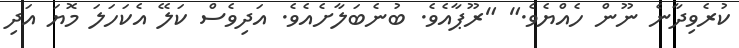
ކުރެވިދާނެ ނޫން ހެއްޔެވެ." "ރޫޕާއެވެ. ބުނެބަލާށެއެވެ. އަދިވެސް ކަލޭ އެކަހަލަ މޮޔަ އަދި